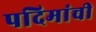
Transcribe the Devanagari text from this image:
पदिमांची